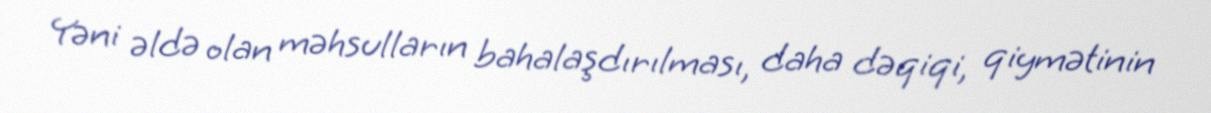
Yəni əldə olan məhsulların bahalaşdırılması, daha dəqiqi, qiymətinin